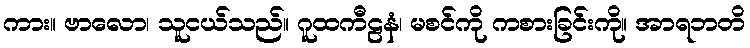
ကား။ ဗာလော၊ သူငယ်သည်။ ဂူထကီဠနံ၊ မစင်ကို ကစားခြင်းကို။ အာရဘတိ